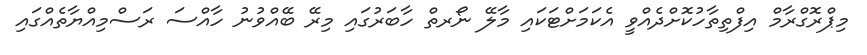
މިޕްރޮގްރާމް އިފްތިތާހުކޮށްދެއްވީ އެކަމަށްޓަކައި މާލޭ ނޯރތް ހާބަރުގައި މިރޭ ބޭއްވުނު ހާއްސަ ރަސްމިއްޔާތެއްގައި